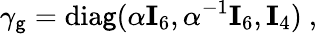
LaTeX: \gamma_{\mathsf{g}}={\mathrm{{dia\mathsf{g}}}}(\alpha{\mathbf{I}}_{6},\alpha^{-1}{\mathbf{I}}_{6},{\mathbf{I}}_{4})~,